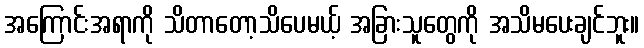
အကြောင်းအရာကို သိတာတော့သိပေမယ့် အခြားသူတွေကို အသိမပေးချင်ဘူး။